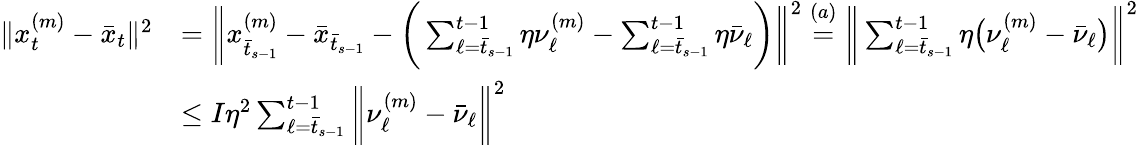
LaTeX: \begin{array}{rl}{\| x_{t}^{(m)}-\bar{x}_{t}\| ^{2}}&{=\bigg\| x_{\bar{t}_{s-1}}^{(m)}-\bar{x}_{\bar{t}_{s-1}}-\bigg(\sum_{\ell=\bar{t}_{s-1}}^{t-1}\eta\nu_{\ell}^{(m)}-\sum_{\ell=\bar{t}_{s-1}}^{t-1}\eta\bar{\nu}_{\ell}\bigg)\bigg\| ^{2}\overset{(a)}{=}\bigg\| \sum_{\ell=\bar{t}_{s-1}}^{t-1}\eta\big(\nu_{\ell}^{(m)}-\bar{\nu}_{\ell}\big)\bigg\| ^{2}}\\ &{\leq I\eta^{2}\sum_{\ell=\bar{t}_{s-1}}^{t-1}\bigg\| \nu_{\ell}^{(m)}-\bar{\nu}_{\ell}\bigg\| ^{2}}\end{array}